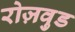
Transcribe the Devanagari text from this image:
रोज़वुड